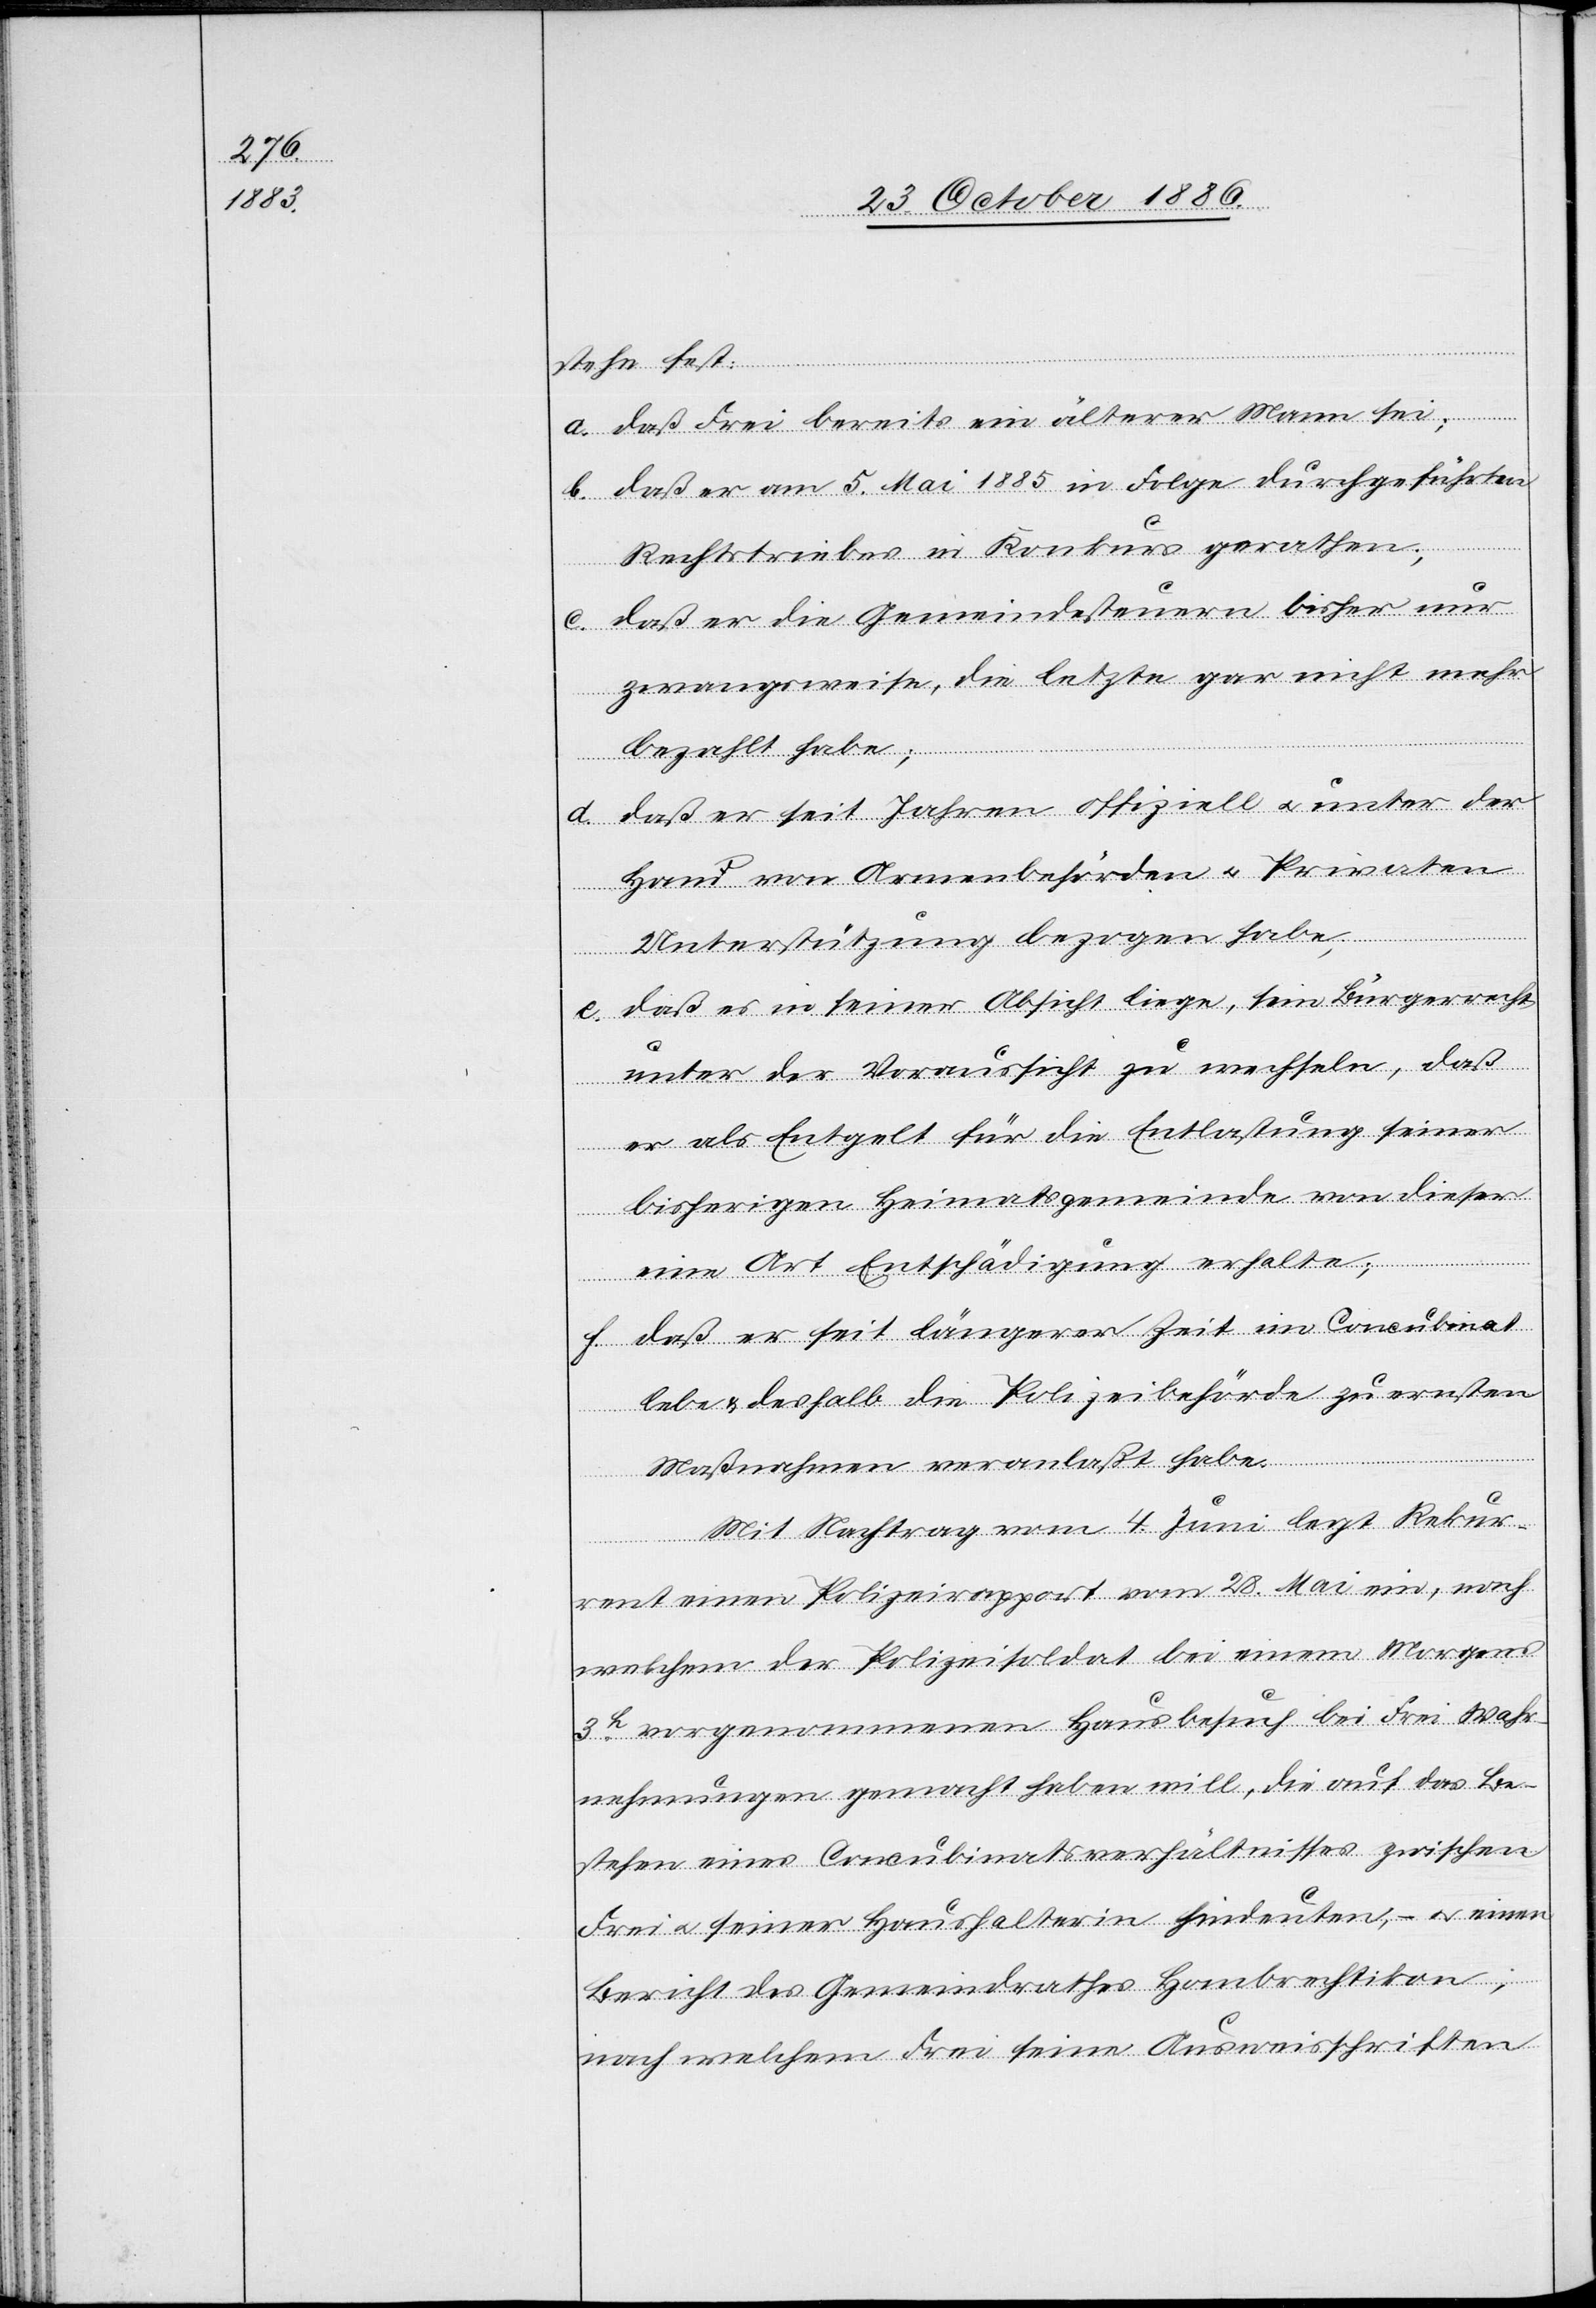
stehe fest:
a. daß Frei bereits ein älterer Mann sei;
b. daß er am 5. Mai 1885 in Folge durchgeführten
Rechtstriebes in Konkurs gerathen;
c. daß er die Gemeindesteuern bisher nur
zwangsweise, die letzte gar nicht mehr
bezahlt habe;
d. daß er seit Jahren offiziell & unter der
Hand von Armenbehörden & Privaten
Unterstützung bezogen habe,
e. daß es in seiner Absicht liege, sein Bürgerrecht
unter der Voraussicht zu wechseln, daß
er als Entgelt für die Entlastung seiner
bisherigen Heimatsgemeinde von dieser
eine Art Entschädigung erhalte;
f. daß er seit längerer Zeit im Concubinat
lebe & deshalb die Polizeibehörde zu ernsten
Maßnahmen veranlaßt habe.
Mit Nachtrag vom 4. Juni legt Rekur¬
rent einen Polizeirapport vom 28. Mai ein, nach
welchem der Polizeisoldat bei einem Morgens
3h vorgenommenen Hausbesuch bei Frei Wahr¬
nehmungen gemacht haben will, die auf das Be¬
stehen eines Concubinatsverhältnisses zwischen
Frei & seiner Haushalterin [sic!] hindeuten, – & einen
Bericht des Gemeindrathes Hombrechtikon;
nach welchem Frei seine Ausweisschriften